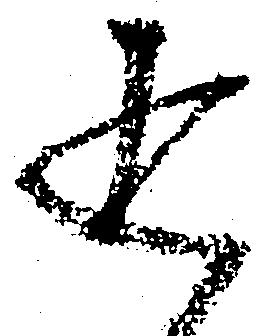
返